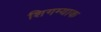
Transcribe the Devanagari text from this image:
शिगम्याक